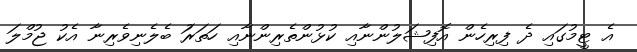
އެ ޓީމުގައި ދެ ފިރިހެން އޮފިޝަލުންނާއި ކުޅުންތެރިންނާއި ހަތަރަު ބެލެނިވެރިނާ އެކު ޖުމްލަ